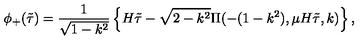
\phi _ { + } ( \tilde { \tau } ) = \frac { 1 } { \sqrt { 1 - k ^ { 2 } } } \left\{ H \tilde { \tau } - \sqrt { 2 - k ^ { 2 } } \Pi ( - ( 1 - k ^ { 2 } ) , \mu H \tilde { \tau } , k ) \right\} ,